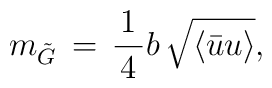
m_{\tilde{G}}\,=\,\frac{\,1\,}{\,4\,}b\,\sqrt{\langle\bar{u}u\rangle},